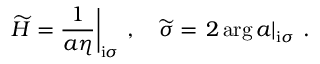
\left. \widetilde { H } = \frac { 1 } { a \eta } \right| _ { \mathrm { i } \sigma } \, , \quad \widetilde { \sigma } = \left. 2 \arg a \right| _ { \mathrm { i } \sigma } \, .